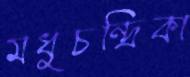
মধুচন্দ্রিকা